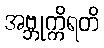
အဗ္ဘုက္ကိရတိ